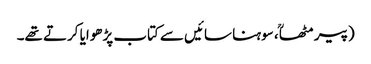
(پیر مٹھاؒ ، سوہنا سائیں سے کتاب پڑھوایا کرتے تھے۔